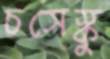
চসেস্কু